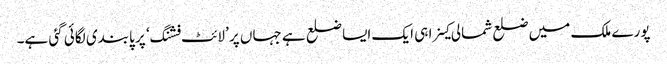
پورے ملک میں ضلع شمالی کینرا ہی ایک ایسا ضلع ہے جہاں پر ’لائٹ فشنگ‘ پر پابندی لگائی گئی ہے۔